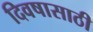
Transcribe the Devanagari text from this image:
दिवषासाठी